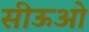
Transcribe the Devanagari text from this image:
सीऊओ